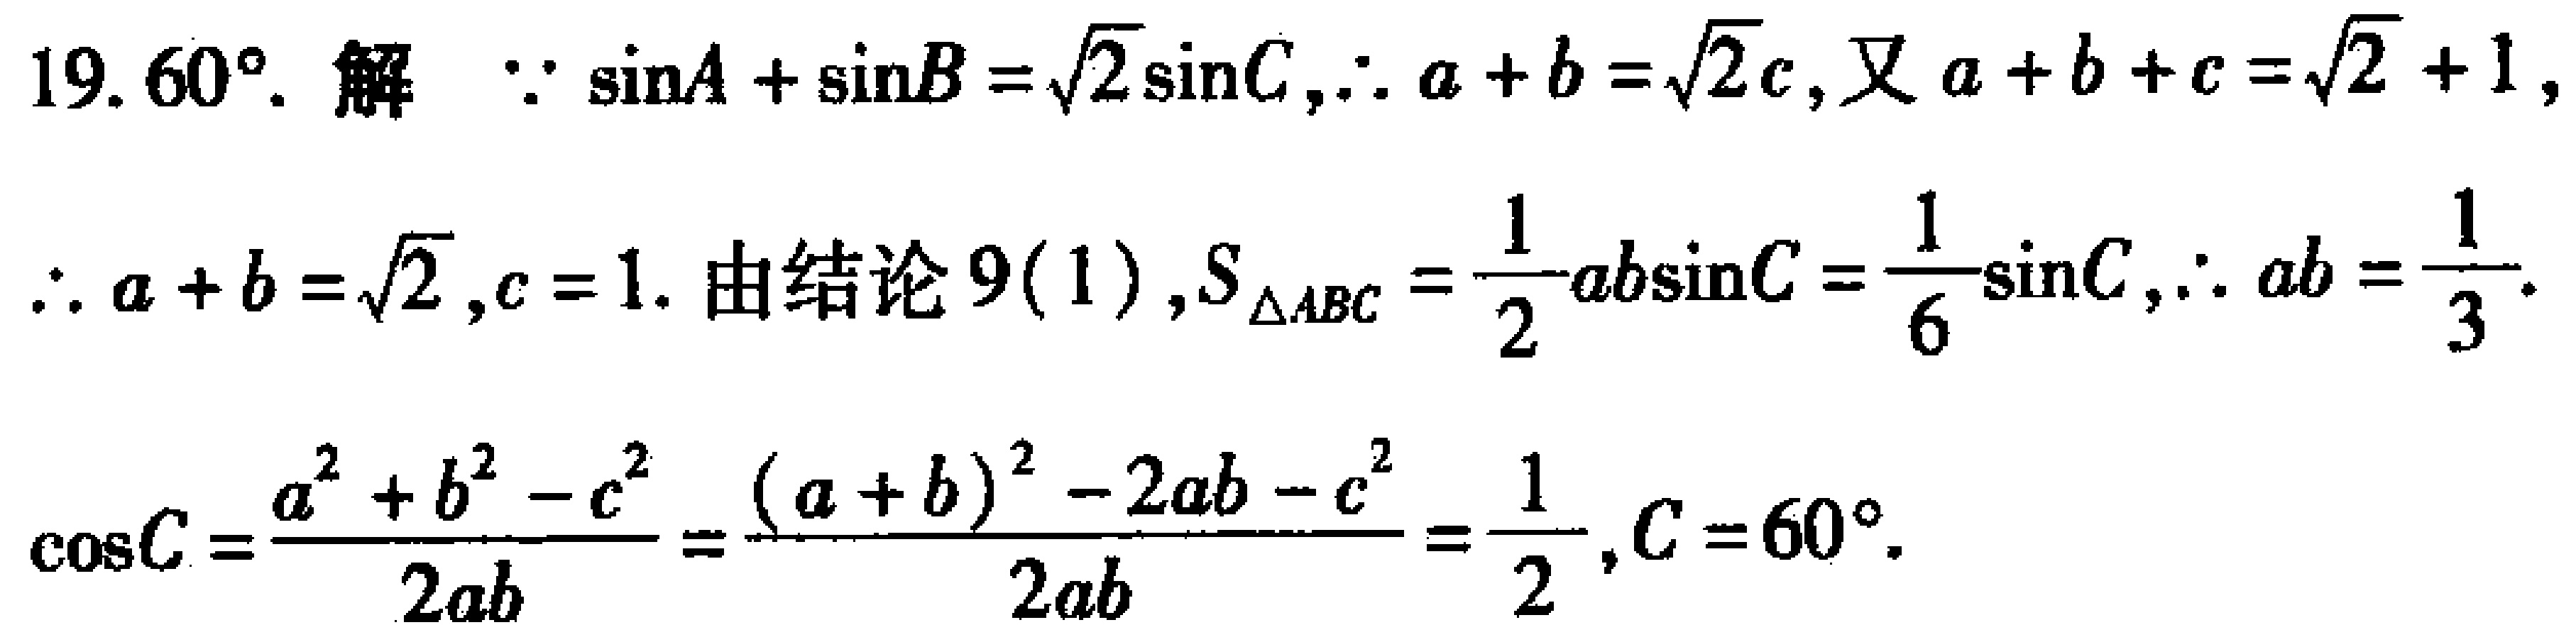
19. $60^{\circ}$. 解 $\because \sin A+\sin B = \sqrt{2}\sin C,\therefore a + b=\sqrt{2}c$, 又 $a + b + c=\sqrt{2}+1$,
$\therefore a + b=\sqrt{2},c = 1$. 由结论 $9(1),S_{\triangle ABC}=\frac{1}{2}ab\sin C=\frac{1}{6}\sin C,\therefore ab=\frac{1}{3}$.
$\cos C=\frac{a^{2}+b^{2}-c^{2}}{2ab}=\frac{(a + b)^{2}-2ab - c^{2}}{2ab}=\frac{1}{2},C = 60^{\circ}$.